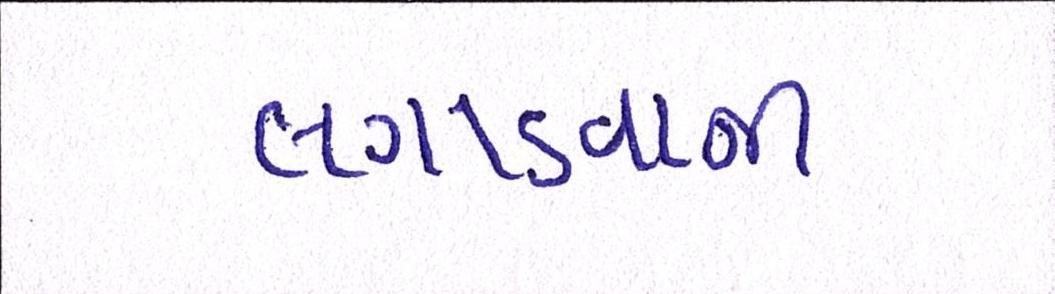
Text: લગાડવાની